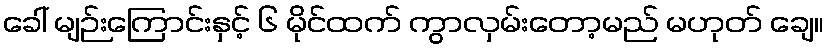
ခေါ် မျဉ်းကြောင်းနှင့် ၆ မိုင်ထက် ကွာလှမ်းတော့မည် မဟုတ် ချေ။